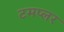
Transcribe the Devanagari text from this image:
टमप्लर